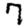
Digit: 7